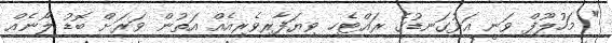
" މަހުލޫފް ވަނީ އަޅުގަނޑުގެ ރައްޓެހި ވިޔަފާރިވެރިއެއް އަތުން ވަރަށް ބޮޑު ލޯނެއް